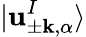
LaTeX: |\mathbf{u}_{\pm\mathbf{{k}},\alpha}^{I}\rangle